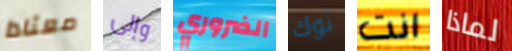
معتادا وإلى الضروري نوك انت لماذا